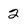
Character: 2